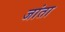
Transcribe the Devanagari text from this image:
जांता